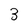
Character: 3